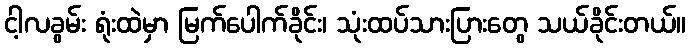
ငါ့လခွမ်း ရုံးထဲမှာ မြက်ပေါက်ခိုင်း၊ သုံးထပ်သားပြားတွေ သယ်ခိုင်းတယ်။